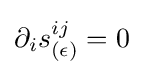
\partial _{i}s_{(\epsilon )}^{ij}=0